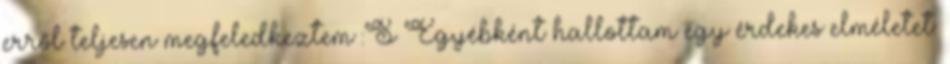
erről teljesen megfeledkeztem :S Egyébként hallottam egy érdekes elméletet: